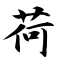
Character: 荷